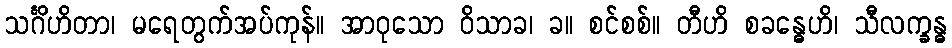
သင်္ဂိဟိတာ၊ မရေတွက်အပ်ကုန်။ အာဝုသော ဝိသာခ၊ ခ။ စင်စစ်။ တီဟိ စခန္ဓေဟိ၊ သီလက္ခန္ဓ